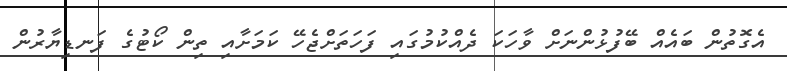
އެގޮތުން ބައެއް ބޭފުޅުންނަށް ވާހަކަ ދެއްކުމުގައި ފަހަތަށްޖެހޭ ކަމަށާއި ތިން ކޯޓުގެ ފަނޑިޔާރުން